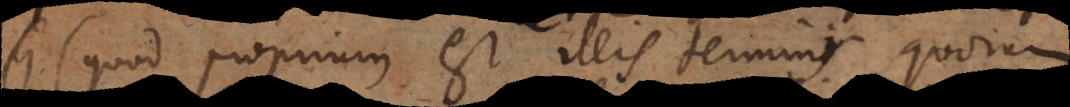
parti proprium est illis terminis quorum